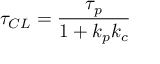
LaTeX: \tau _ { C L } = { \frac { \tau _ { p } } { 1 + k _ { p } k _ { c } } }